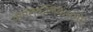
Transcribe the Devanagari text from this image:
कमलकलिकेसमोर